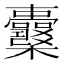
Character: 𣡪